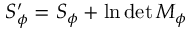
S _ { \phi } ^ { \prime } = S _ { \phi } + \ln { \operatorname* { d e t } M _ { \phi } }